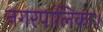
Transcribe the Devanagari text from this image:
नगरपालिका।